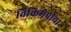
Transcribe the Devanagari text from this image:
विकिमेपीया